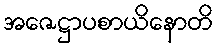
အဇေဋ္ဌာပစာယိနောတိ